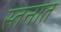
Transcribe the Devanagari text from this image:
स्तनात